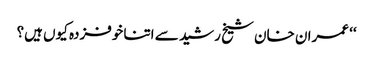
‘‘ عمران خان شیخ رشید سے اتنا خوفزدہ کیوں ہیں؟